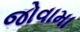
જોવામા